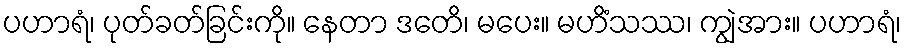
ပဟာရံ၊ ပုတ်ခတ်ခြင်းကို။ နေတာ ဒတေိ၊ မပေး။ မဟိံသဿ၊ ကျွဲအား။ ပဟာရံ၊